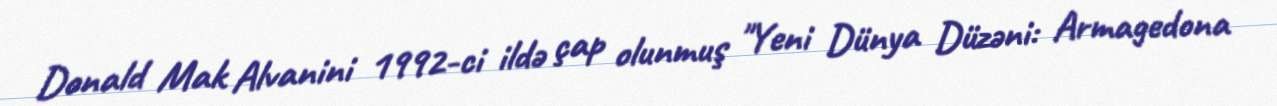
Donald Mak Alvanini 1992-ci ildə çap olunmuş "Yeni Dünya Düzəni: Armagedona